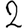
Digit: 2